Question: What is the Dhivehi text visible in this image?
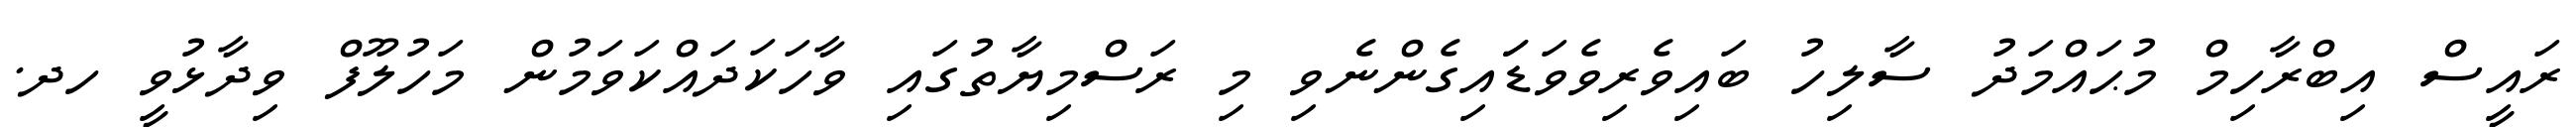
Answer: ރައީސް އިބްރާހިމް މުޙައްމަދު ސާލިހު ބައިވެރިވެވަޑަައިގެންނެވި މި ރަސްމިޔާތުގައި ވާހަކަދައްކަވަމުން މަހުލޫފް ވިދާޅުވީ ހދ.